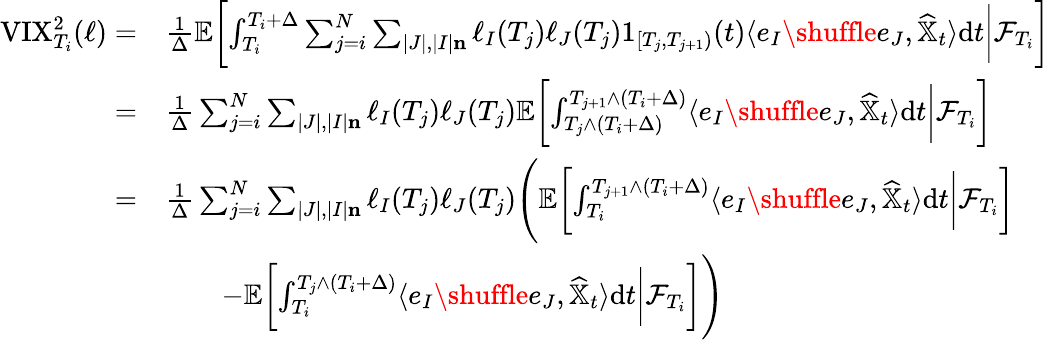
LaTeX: \begin{array}{rl}{{\textrm{VIX}}_{T_{i}}^{2}(\ell)=}&{\frac{1}{\Delta}\mathbb{E}\biggl[\int_{T_{i}}^{T_{i}+\Delta}\sum_{j=i}^{N}\sum_{|J|,|I|\le n}\ell_{I}(T_{j})\ell_{J}(T_{j})1_{[T_{j},T_{j+1})}(t)\langle e_{I}\shuffle e_{J},\widehat{\mathbb{X}}_{t}\rangle{\mathrm{d}}t\bigg\lvert\mathcal{F}_{T_{i}}\biggr]}\\ {=}&{\frac{1}{\Delta}\sum_{j=i}^{N}\sum_{|J|,|I|\le n}\ell_{I}(T_{j})\ell_{J}(T_{j})\mathbb{E}\biggl[\int_{T_{j}\land(T_{i}+\Delta)}^{T_{j+1}\land(T_{i}+\Delta)}\langle e_{I}\shuffle e_{J},\widehat{\mathbb{X}}_{t}\rangle{\mathrm{d}}t\bigg\lvert\mathcal{F}_{T_{i}}\biggr]}\\ {=}&{\frac 1{\Delta}\sum_{j=i}^{N}\sum_{|J|,|I|\le n}\ell_{I}(T_{j})\ell_{J}(T_{j})\Bigg(\mathbb{E}\biggl[\int_{T_{i}}^{T_{j+1}\land(T_{i}+\Delta)}\langle e_{I}\shuffle e_{J},\widehat{\mathbb{X}}_{t}\rangle{\mathrm{d}}t\bigg\lvert\mathcal{F}_{T_{i}}\biggr]}\\ &{\qquad-\mathbb{E}\biggl[\int_{T_{i}}^{T_{j}\land(T_{i}+\Delta)}\langle e_{I}\shuffle e_{J},\widehat{\mathbb{X}}_{t}\rangle{\mathrm{d}}t\bigg\lvert\mathcal{F}_{T_{i}}\biggr]\Bigg)}\end{array}